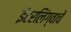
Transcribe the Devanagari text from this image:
इंटरलिंग्वाचे